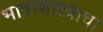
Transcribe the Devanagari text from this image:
भाषाशाश्त्राचा